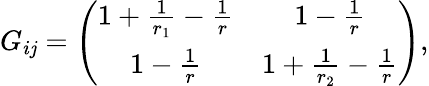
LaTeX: G_{i\mathit{j}}=\left(\begin{array}{cc}{{1+\frac{1}{r_{1}}-\frac{1}{r}}}&{{1-\frac{1}{r}}}\\ {{1-\frac{1}{r}}}&{{1+\frac{1}{r_{2}}-\frac{1}{r}}}\end{array}\right),